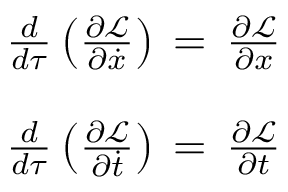
\begin{array} { r l } & { \frac { d } { d \tau } \left( \frac { \partial \mathcal { L } } { \partial \dot { x } } \right) \, = \, \frac { \partial \mathcal { L } } { \partial { x } } } \\ & { } \\ & { \frac { d } { d \tau } \left( \frac { \partial \mathcal { L } } { \partial \dot { t } } \right) \, = \, \frac { \partial \mathcal { L } } { \partial { t } } } \end{array}